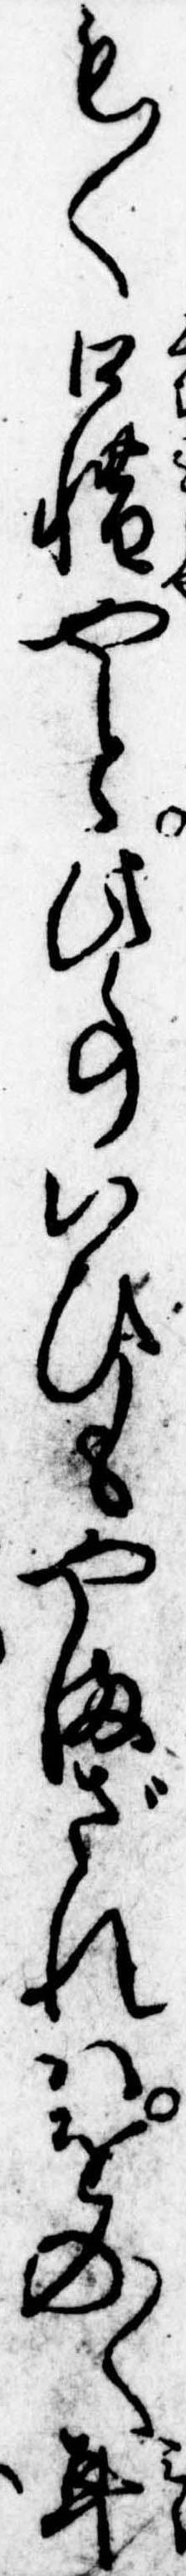
も〱口惜やと此事いひもやまざれはをの〱耳